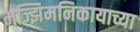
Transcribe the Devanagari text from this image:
मज्झिमनिकायाच्या